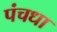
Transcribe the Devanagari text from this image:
पंचधा